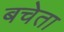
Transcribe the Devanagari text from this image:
बचेता